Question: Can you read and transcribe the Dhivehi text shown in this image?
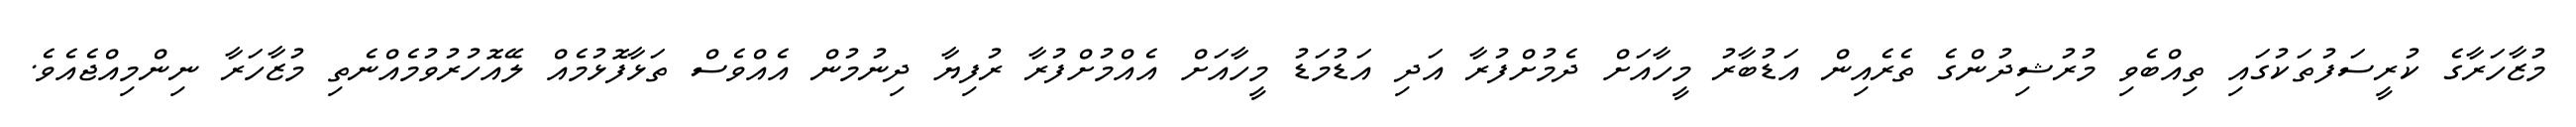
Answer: މުޒާހަރާގެ ކުރީސަފުތަކުގައި ތިއްބެވި މުރުޝިދުންގެ ތެރެއިން އަޑުބާރު މީހާއަށް ދެމުށްފުރާ އަދި އަޑުމަޑު މީހާއަށް އެއްމުށްފުރާ ރުފިޔާ ދިނުމުން އެއްވެސް ތަޅާފޮޅުމެއް ލޭއޮހުރުވުމެއްނެތި މުޒާހަރާ ނިންމިއްޖެއެވެ.